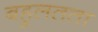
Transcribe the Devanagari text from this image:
बहुलतता